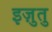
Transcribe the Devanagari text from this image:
इज़ुतु